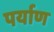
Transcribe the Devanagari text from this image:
पर्याण